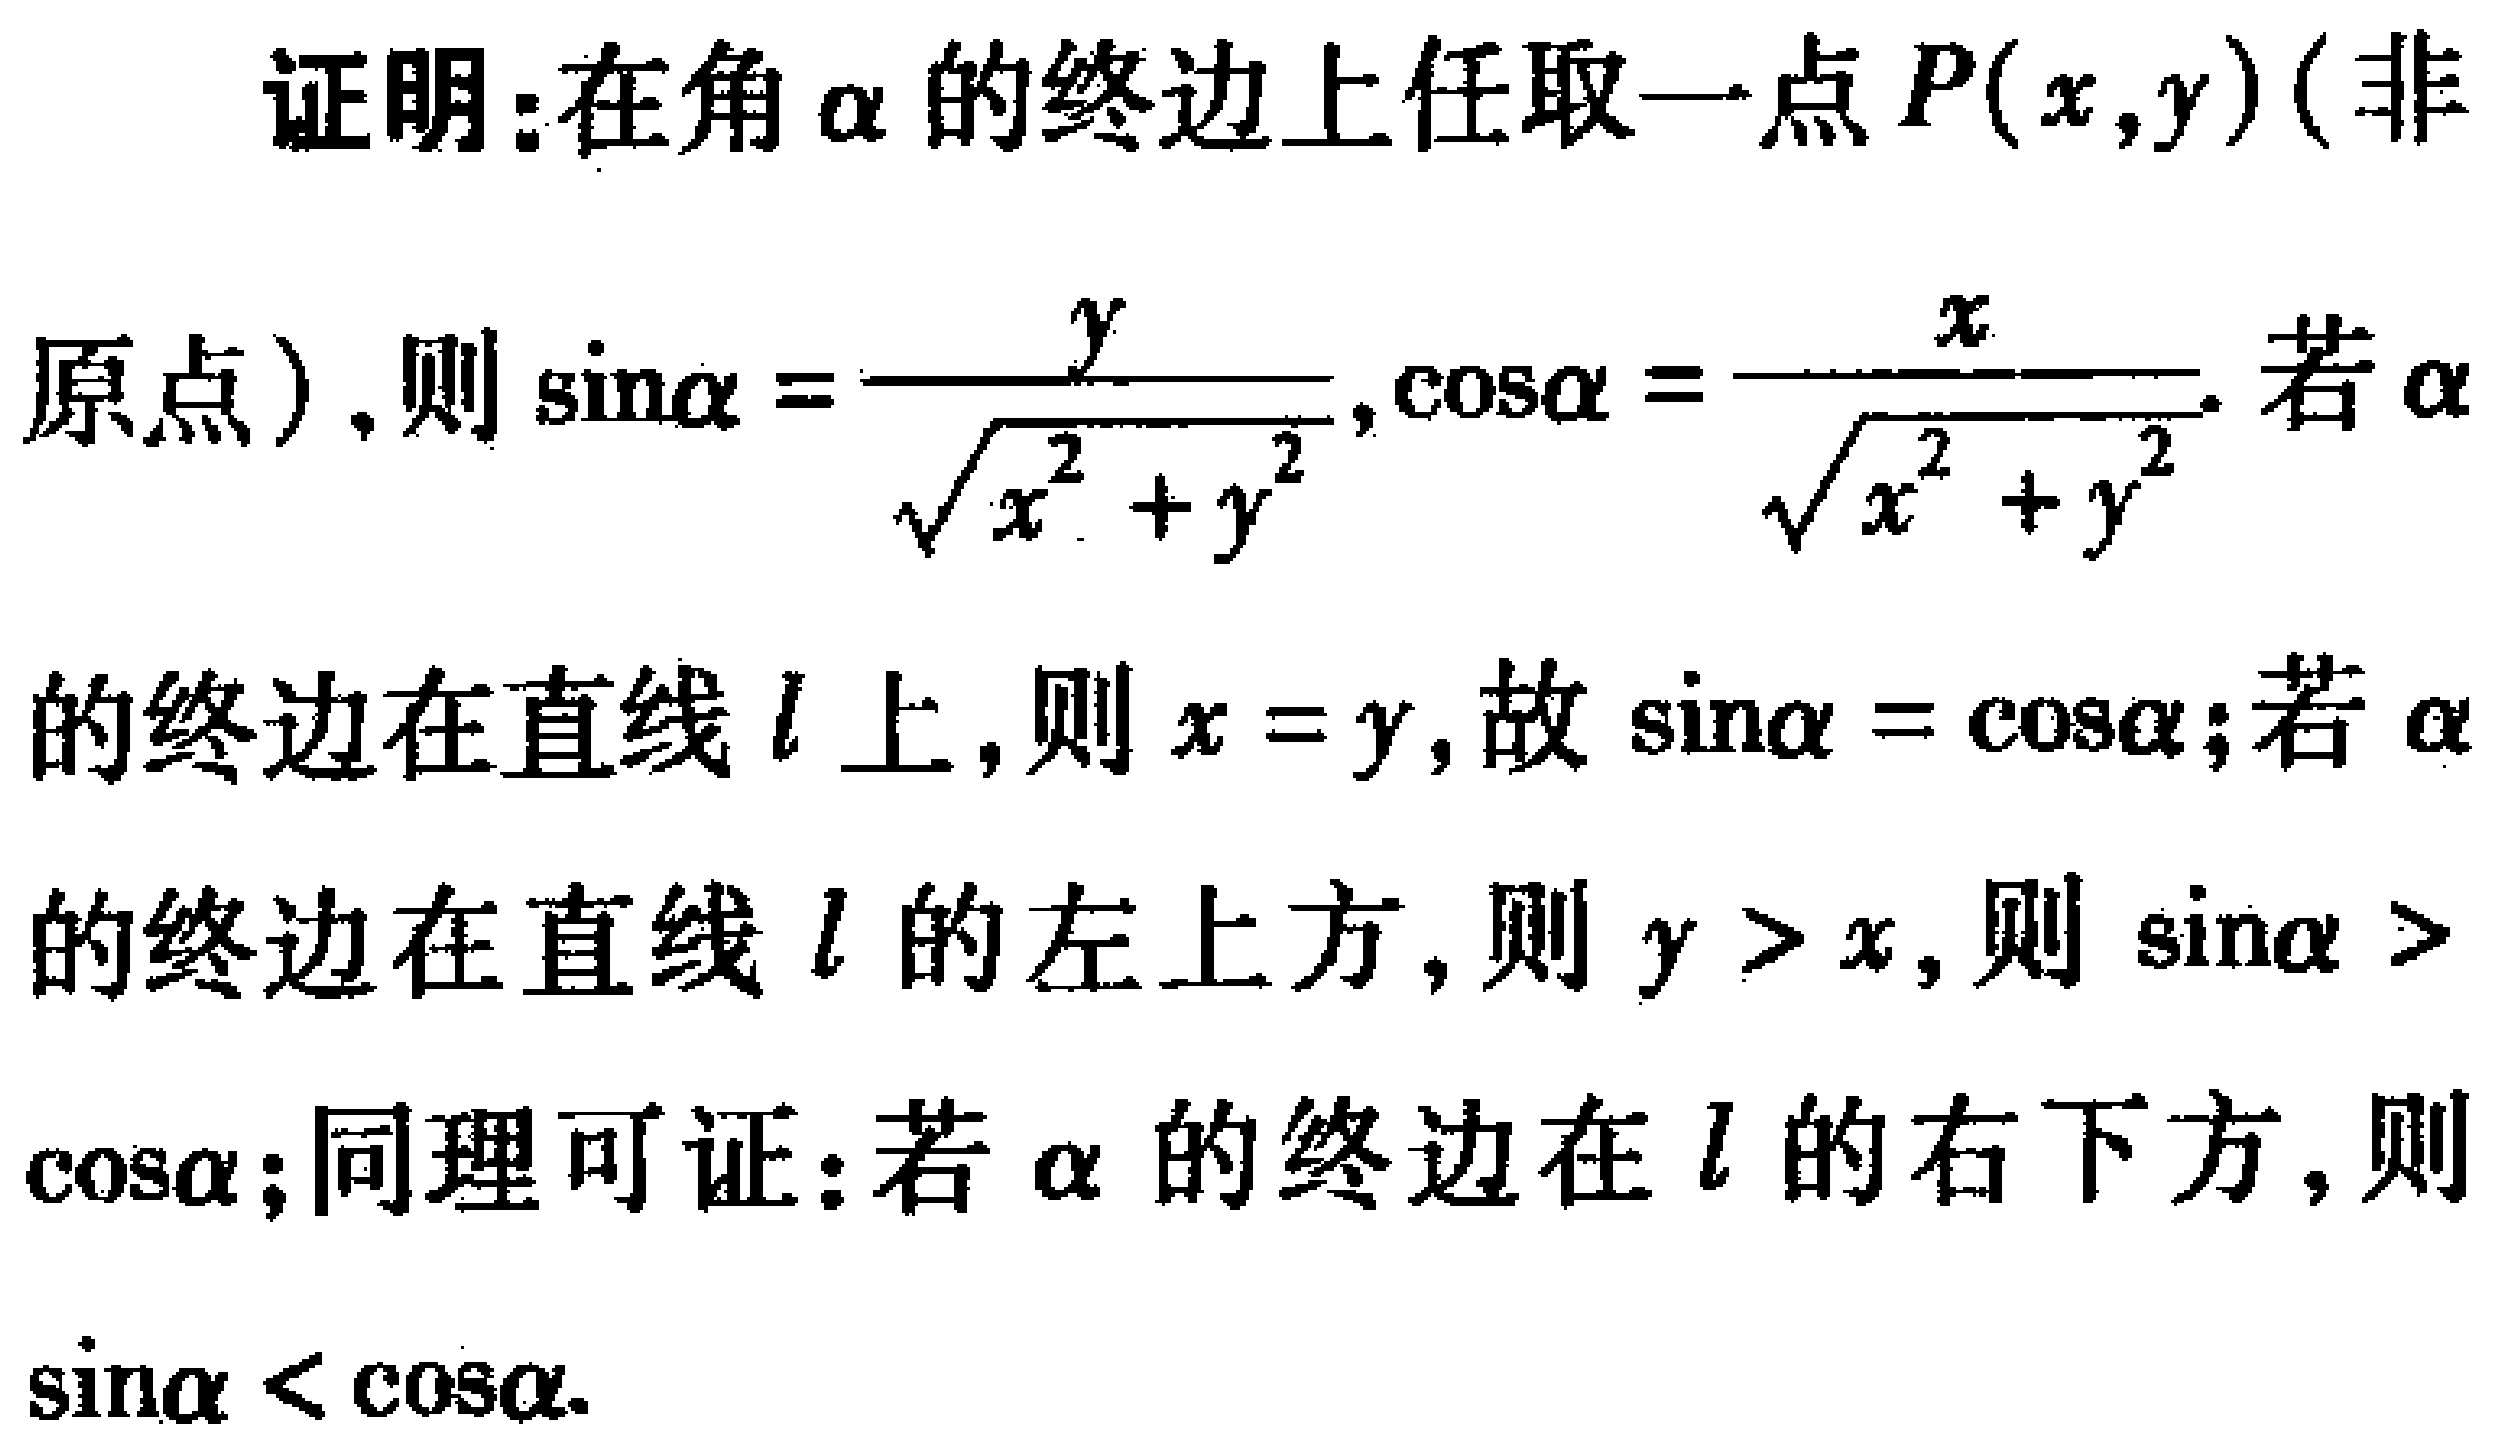
证明：在角\(\alpha\)的终边上任取一点\(P(x,y)\)（非
原点）,则\(\sin\alpha = \frac{y}{\sqrt{x^{2} + y^{2}}},\cos\alpha = \frac{x}{\sqrt{x^{2} + y^{2}}}\). 若\(\alpha\)
的终边在直线\(l\)上,则\(x = y\),故\(\sin\alpha = \cos\alpha\);若\(\alpha\)
的终边在直线\(l\)的左上方,则\(y > x\),则\(\sin\alpha >\)
\(\cos\alpha\);同理可证:若\(\alpha\)的终边在\(l\)的右下方,则
\(\sin\alpha < \cos\alpha\).